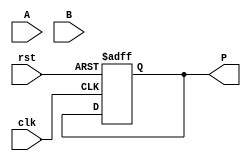
module fp_multiplier (
    input clk,
    input rst,
    input [31:0] A, // Input A (32 bits)
    input [31:0] B, // Input B (32 bits)
    output reg [31:0] P // Output P (32 bits)
);

    // Internal signals
    reg [31:0] A_reg, B_reg;
    reg [7:0] expA, expB, expP;
    reg [23:0] mantA, mantB, mantP;
    reg signA, signB, signP;
    reg [47:0] mantP_temp; // Temporary product mantissa
    reg [8:0] expP_temp; // Temporary exponent for overflow handling
    reg [4:0] state; // FSM state
    reg [4:0] next_state;

    // State encoding
    localparam IDLE = 5'b00001,
               EXTRACT = 5'b00010,
               NORMALIZE = 5'b00100,
               MULTIPLY = 5'b01000,
               ROUND = 5'b10000,
               OUTPUT = 5'b00001;

    // FSM for controlling the pipeline stages
    always @(posedge clk or posedge rst) begin
        if (rst) begin
            state <= IDLE;
        end else begin
            state <= next_state;
        end
    end

    // Next state logic
    always @(*) begin
        case (state)
            IDLE: next_state = (A != 0 && B != 0) ? EXTRACT : IDLE;
            EXTRACT: next_state = NORMALIZE;
            NORMALIZE: next_state = MULTIPLY;
            MULTIPLY: next_state = ROUND;
            ROUND: next_state = OUTPUT;
            OUTPUT: next_state = IDLE;
            default: next_state = IDLE;
        endcase
    end

    // Pipeline stages
    always @(posedge clk or posedge rst) begin
        if (rst) begin
            A_reg <= 0;
            B_reg <= 0;
            P <= 0;
        end else begin
            case (state)
                IDLE: begin
                    // Do nothing
                end
                EXTRACT: begin
                    // Extract sign, exponent, and mantissa
                    A_reg <= A;
                    B_reg <= B;
                    signA <= A[31];
                    signB <= B[31];
                    expA <= A[30:23];
                    expB <= B[30:23];
                    mantA <= {1'b1, A[22:0]}; // Implicit leading 1
                    mantB <= {1'b1, B[22:0]}; // Implicit leading 1
                end
                NORMALIZE: begin
                    // Normalize mantissas (if needed)
                    // For simplicity, we assume inputs are already normalized
                    expP_temp = expA + expB - 127; // Subtract bias
                end
                MULTIPLY: begin
                    // Multiply mantissas
                    mantP_temp = mantA * mantB;
                    expP = expP_temp; // Store exponent
                    signP = signA ^ signB; // XOR for sign
                end
                ROUND: begin
                    // Rounding logic (simplified)
                    if (mantP_temp[47]) begin
                        mantP = mantP_temp[46:24] + 1; // Round up
                        expP = expP + 1; // Adjust exponent for overflow
                    end else begin
                        mantP = mantP_temp[46:24]; // Truncate
                    end
                end
                OUTPUT: begin
                    // Assemble final product
                    P <= {signP, expP[7:0], mantP[22:0]};
                end
            endcase
        end
    end

endmodule